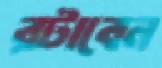
রটাবেন